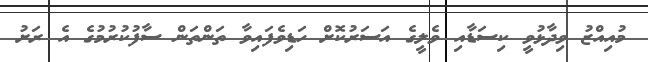
މުއިއްޒު ވިދާޅުވީ ކިސަޑާއި ވެލީގެ އަސަރުކޮށް ހަޑިވެފައިވާ ތަންތަން ސާފުކުރުމުގެ އެ ރަށު